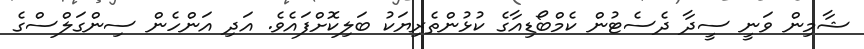
ޝާމިން ވަނީ ސީދާ ދެސެޓުން ކެމްބޯޑިއާގެ ކުޅުންތެރިޔަކު ބަލިކޮށްފައެވެ. އަދި އަންހެން ސިންގަލްސްގެ